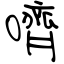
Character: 嚌